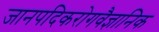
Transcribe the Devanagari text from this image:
जानपदिकरोगवैज्ञानिक